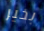
بخير